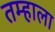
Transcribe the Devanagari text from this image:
तम्हाला